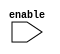
module static_counter(enable);
parameter COUNTER_BIT_COUNT	= 16;
parameter STOP_COUNT_VALUE	= 32768;
input enable;

	reg[COUNTER_BIT_COUNT - 1 : 0] count;

	assign add_count = (enable);
	assign stop_count = add_count && count == (STOP_COUNT_VALUE) - 1;

	always @(posedge clk or negedge nrst)
	begin
		if(nrst == 0)
		begin
			count <= 0;
		end
		else if(add_time_cnt)
		begin
			if(stop_count)
				count <= 0;
		else
			count <= count + 1;
		end
	end

endmodule